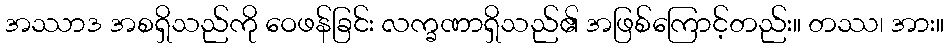
အဿာဒ အစရှိသည်ကို ဝေဖန်ခြင်း လက္ခဏာရှိသည်၏ အဖြစ်ကြောင့်တည်း။ တဿ၊ အား။